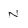
Character: N